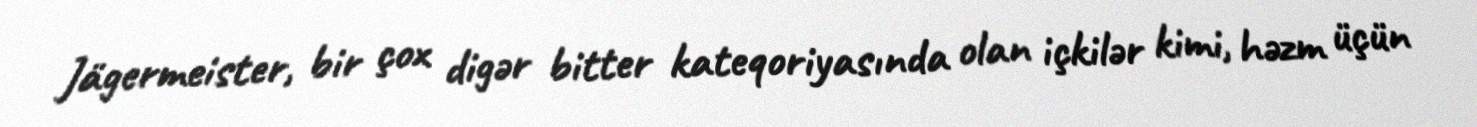
Jägermeister, bir çox digər bitter kateqoriyasında olan içkilər kimi, həzm üçün